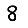
Digit: 8